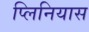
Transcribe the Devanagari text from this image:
प्लिनियास